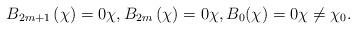
LaTeX: \begin{align*}B_{2m+1}\left( \chi\right) =0\chi,B_{2m}\left(\chi\right) =0\chi,B_{0}(\chi)=0\chi\not =\chi_{0}.\end{align*}